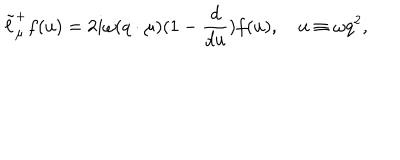
\tilde { \ell } _ { \mu } ^ { + } f ( u ) = 2 i \omega ( q \cdot \mu ) ( 1 - { \frac { d } { d u } } ) f ( u ) , \quad u \equiv \omega q ^ { 2 } ,